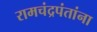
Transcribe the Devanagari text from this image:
रामचंद्रपंतांना